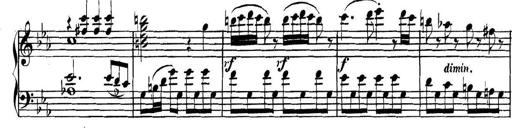
Title: Collected Piano Sonatas
Composer: Muzio Clementi